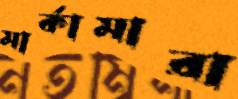
মার্কামারা